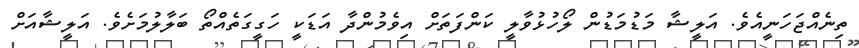
ތިނެއްޖަހަނީއެވެ. އަލީޝާ މަޑުމަޑުން ލޯހުޅުވާލީ ކަންފަތަށް އިވެމުންދާ އަޑަކީ ހަގީގަތެއްތޯ ބަލާލުމަށެވެ. އަލީޝާއަށް